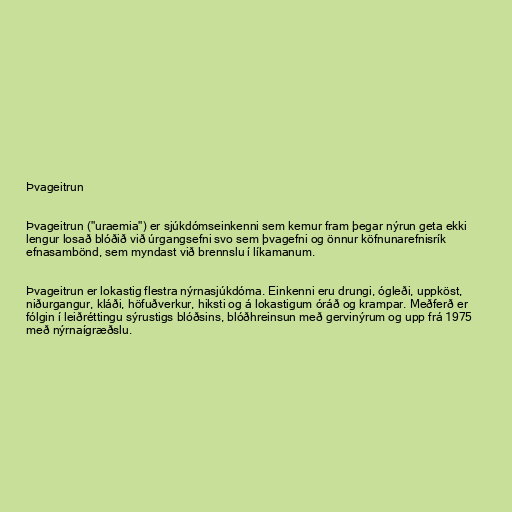
Þvageitrun

Þvageitrun ("uraemia") er sjúkdómseinkenni sem kemur fram þegar nýrun geta ekki
lengur losað blóðið við úrgangsefni svo sem þvagefni og önnur köfnunarefnisrík
efnasambönd, sem myndast við brennslu í líkamanum.

Þvageitrun er lokastig flestra nýrnasjúkdóma. Einkenni eru drungi, ógleði, uppköst,
niðurgangur, kláði, höfuðverkur, hiksti og á lokastigum óráð og krampar. Meðferð er
fólgin í leiðréttingu sýrustigs blóðsins, blóðhreinsun með gervinýrum og upp frá 1975
með nýrnaígræðslu.